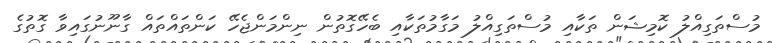
މުސްތަގިއްލު ކޮމިޝަން ތަކާއި މުސްތަގިއްލު މަގާމުތަކާއި ބެހޭގޮތުން ނިންމަންޖެހޭ ކަންތައްތައް ގާނޫނުގައިވާ ގޮތުގެ